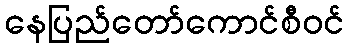
နေပြည်တော်ကောင်စီဝင်